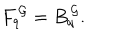
F _ { q } ^ { \, \cal G } = B _ { q } ^ { \, \cal G } .